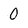
Character: 0